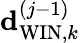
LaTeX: {\mathbf{d}}_{\mathrm{WIN},k}^{\left(j-1\right)}